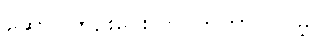
ဆောင်ကြဉ်းပေးလာ ကြတာပါလိမ့်။